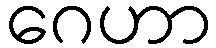
ဂေဟာ